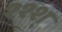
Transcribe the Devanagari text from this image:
श्श्श्